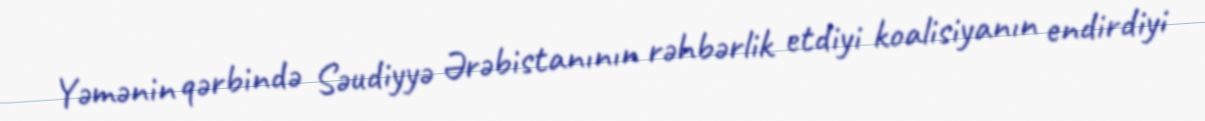
Yəmənin qərbində Səudiyyə Ərəbistanının rəhbərlik etdiyi koalisiyanın endirdiyi